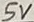
Text: 5V